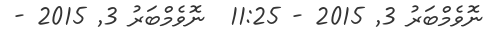
ނޮވެމްބަރު 3